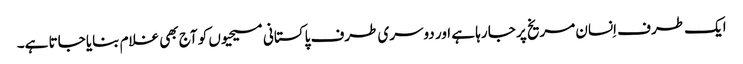
ایک طرف اِنسان مریخ پر جا رہا ہے اور دوسری طرف پاکستانی مسیحیوں کو آج بھی غلام بنایا جاتا ہے۔